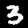
Digit: 3